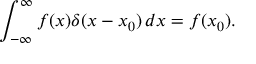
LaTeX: \int _ { - \infty } ^ { \infty } f ( x ) \delta ( x - x _ { 0 } ) \, d x = f ( x _ { 0 } ) .